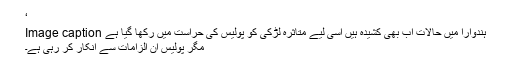
‘
Image caption ہندوارا میں حالات اب بھی کشیدہ ہیں اسی لیے متاثرہ لڑکی کو پولیس کی حراست میں رکھا گیا ہے
مگر پولیس ان الزامات سے انکار کر رہی ہے۔